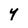
Character: Y